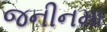
જનીનમા